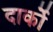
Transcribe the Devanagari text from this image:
दार्को